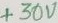
Text: +30V